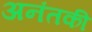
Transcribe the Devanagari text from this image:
अनंतकी